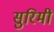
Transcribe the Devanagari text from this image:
सुरिमी